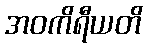
အဝကိရီယတိ